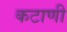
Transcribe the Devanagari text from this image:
कटाणी